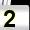
Digit: 2